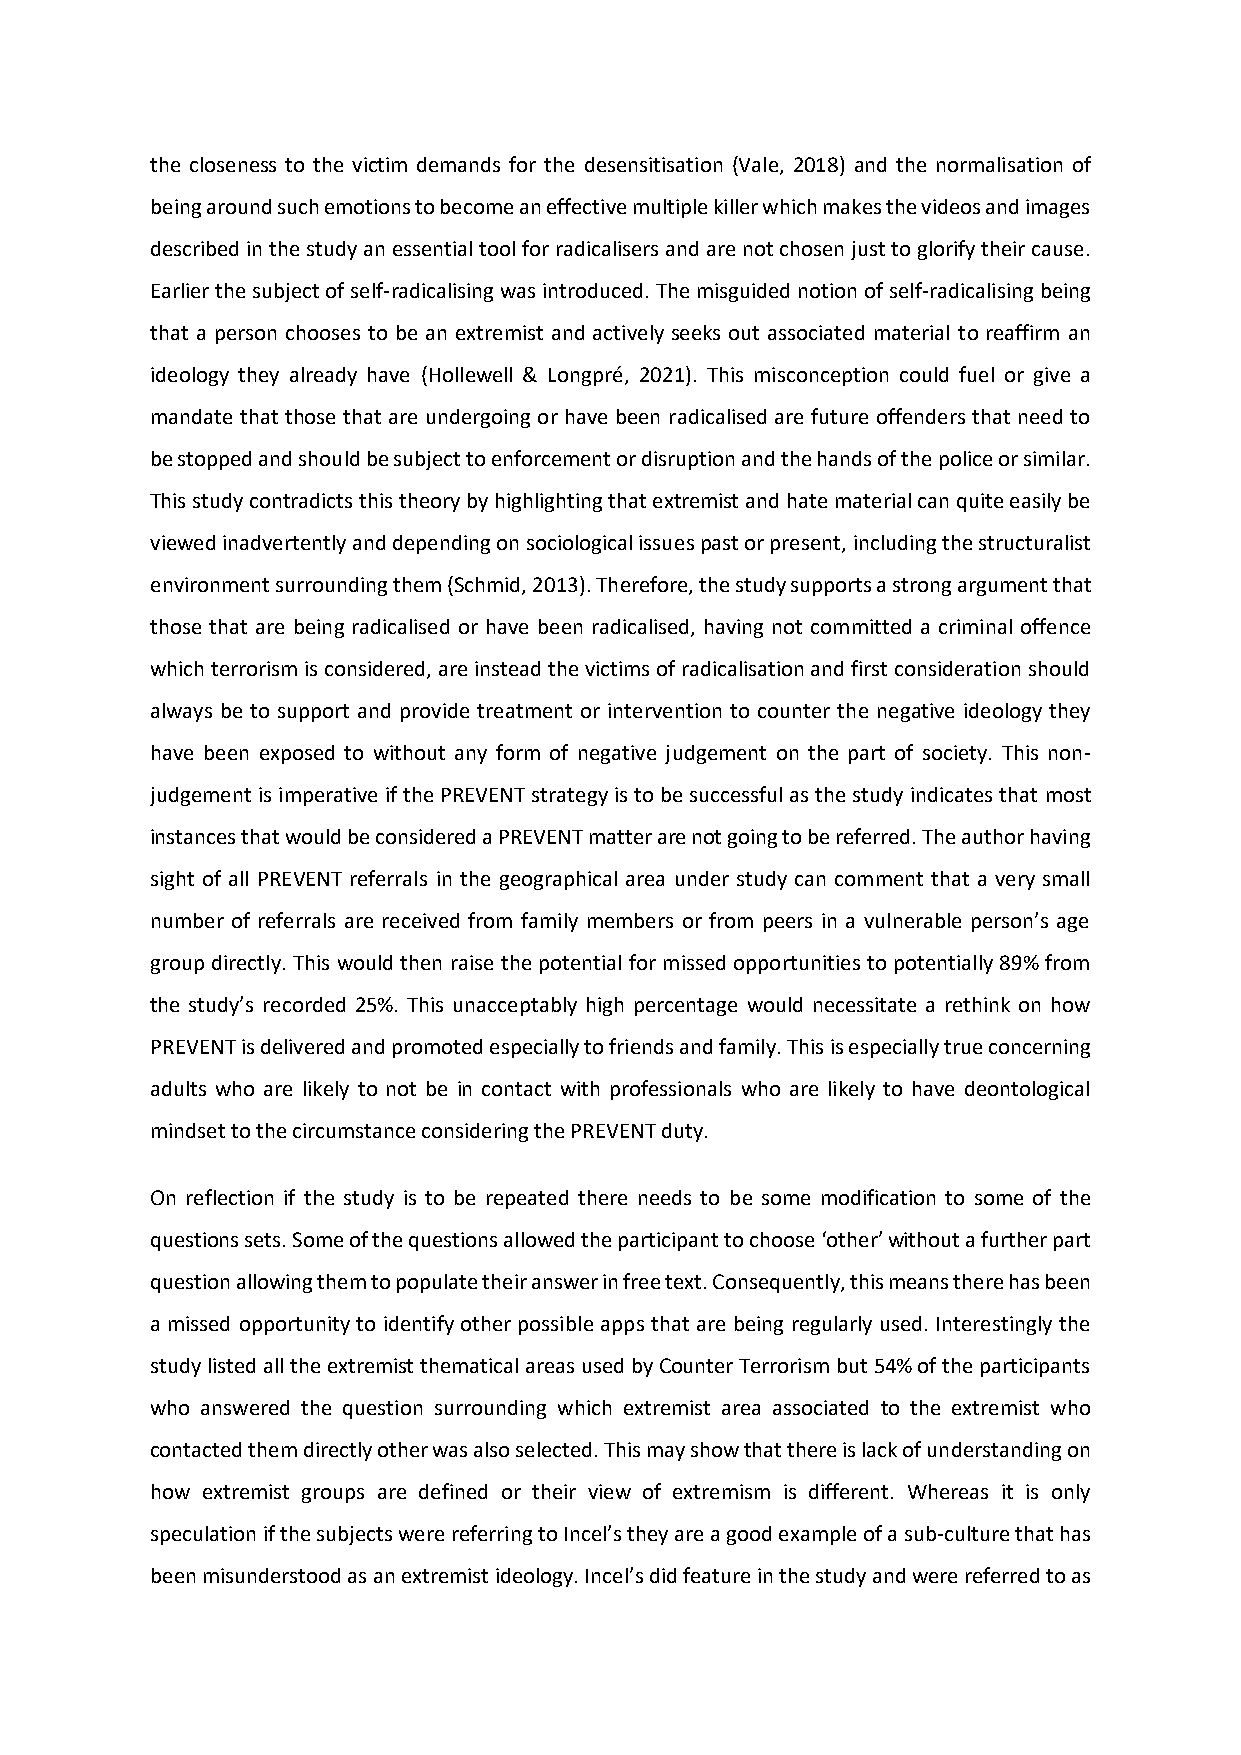
the closeness to the victim demands for the desensitisation (Vale, 2018) and the normalisation of
 being around such emotions to become an effective multiple killer which makes the videos and images
 described in the study an essential tool for radicalisers and are not chosen just to glorify their cause.
 Earlier the subject of self-radicalising was introduced. The misguided notion of self-radicalising being
 that a person chooses to be an extremist and actively seeks out associated material to reaffirm an
 ideology they already have (Hollewell & Longpré, 2021). This misconception could fuel or give a
 mandate that those that are undergoing or have been radicalised are future offenders that need to
 be stopped and should be subject to enforcement or disruption and the hands of the police or similar.
 This study contradicts this theory by highlighting that extremist and hate material can quite easily be
 viewed inadvertently and depending on sociological issues past or present, including the structuralist
 environment surrounding them (Schmid, 2013). Therefore, the study supports a strong argument that
 those that are being radicalised or have been radicalised, having not committed a criminal offence
 which terrorism is considered, are instead the victims of radicalisation and first consideration should
 always be to support and provide treatment or intervention to counter the negative ideology they
 have been exposed to without any form of negative judgement on the part of society. This non-
 judgement is imperative if the PREVENT strategy is to be successful as the study indicates that most
 instances that would be considered a PREVENT matter are not going to be referred. The author having
 sight of all PREVENT referrals in the geographical area under study can comment that a very small
 number of referrals are received from family members or from peers in a vulnerable person’s age
 group directly. This would then raise the potential for missed opportunities to potentially 89% from
 the study’s recorded 25%. This unacceptably high percentage would necessitate a rethink on how
 PREVENT is delivered and promoted especially to friends and family. This is especially true concerning
 adults who are likely to not be in contact with professionals who are likely to have deontological
 mindset to the circumstance considering the PREVENT duty.
 On reflection if the study is to be repeated there needs to be some modification to some of the
 questions sets. Some of the questions allowed the participant to choose ‘other’ without a further part
 question allowing them to populate their answer in free text. Consequently, this means there has been
 a missed opportunity to identify other possible apps that are being regularly used. Interestingly the
 study listed all the extremist thematical areas used by Counter Terrorism but 54% of the participants
 who answered the question surrounding which extremist area associated to the extremist who
 contacted them directly other was also selected. This may show that there is lack of understanding on
 how extremist groups are defined or their view of extremism is different. Whereas it is only
 speculation if the subjects were referring to Incel’s they are a good example of a sub-culture that has
 been misunderstood as an extremist ideology. Incel’s did feature in the study and were referred to as